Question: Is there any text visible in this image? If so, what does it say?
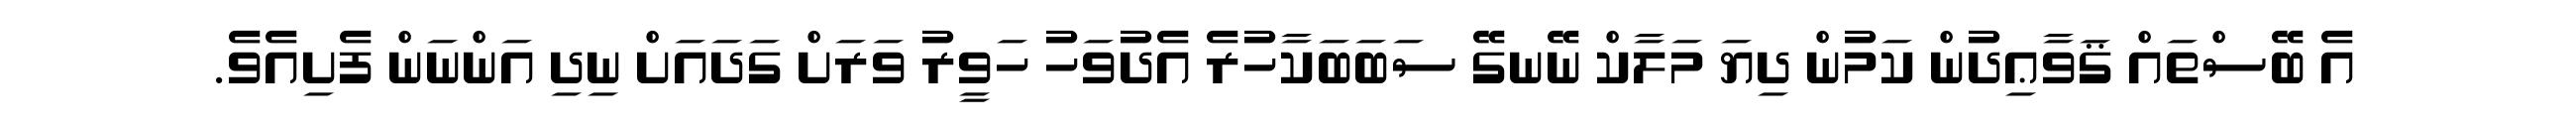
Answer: އެ ބޭސްތައް ޤަވާޢިދުން ކަމުން ދިޔަ މަލާކް ނޭނގޭ ސަބަބަކާހުރެ އެދުވަހު ހަވީރު ވަރަށް ގަދައަށް ނިދި އަންނަން ފެށިއެވެ.